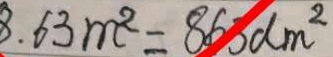
8 . 6 3 m ^ { 2 } = 8 6 3 d m ^ { 2 }